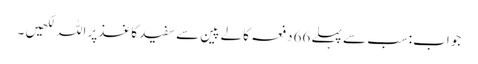
جواب:سب سے پہلے 66دفعہ کالے پین سے سفید کاغذپر اللہ لکھیں ۔